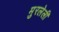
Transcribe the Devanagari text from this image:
मुरलेली